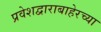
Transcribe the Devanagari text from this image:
प्रवेशद्वाराबाहेरच्या